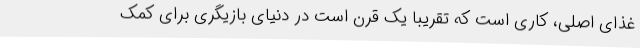
غذای اصلی، کاری است که تقریبا یک قرن است در دنیای بازیگری برای کمک